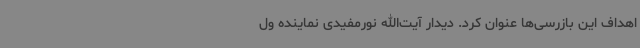
اهداف این بازرسی‌ها عنوان کرد. دیدار آیت‌الله نورمفیدی نماینده ول